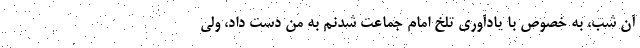
آن شب، به خصوص با یادآوری تلخ امام جماعت شدنم به من دست داد، ولی